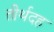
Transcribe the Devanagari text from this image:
तीर्थदह